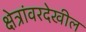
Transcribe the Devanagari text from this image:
क्षेत्रांवरदेखील